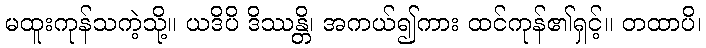
မထူးကုန်သကဲ့သို့။ ယဒိပိ ဒိဿန္တိ၊ အကယ်၍ကား ထင်ကုန်၏ရှင့်။ တထာပိ၊